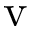
\mathrm { v }